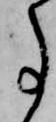
事